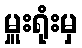
မှူးရုံးမှ